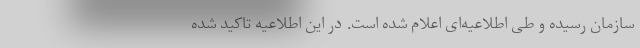
سازمان رسیده و طی اطلاعیه‌ای اعلام شده است. در این اطلاعیه تاکید شده